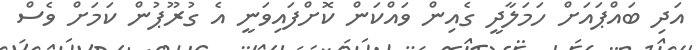
އަދި ބައްޕައަށް ހަމަލާދީ ގެއިން ވައްކަން ކޮށްފައިވަނީ އެ ގުރޫޕުން ކަމަށް ވެސް